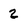
Character: 2